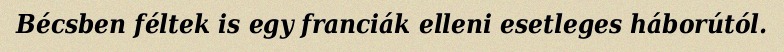
Bécsben féltek is egy franciák elleni esetleges háborútól.